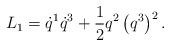
LaTeX: \begin{align*}L_{1}=\dot{q}^{1}\dot{q}^{3}+\frac{1}{2}q^{2}\left(q^{3}\right)^{2}.\end{align*}